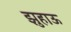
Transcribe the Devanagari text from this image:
झुहाऊ